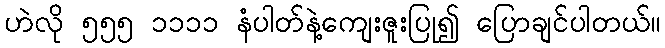
ဟဲလို ၅၅၅ ၁၁၁၁ နံပါတ်နဲ့ကျေးဇူးပြု၍ ပြောချင်ပါတယ်။